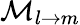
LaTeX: \mathcal{M}_{l\to m}